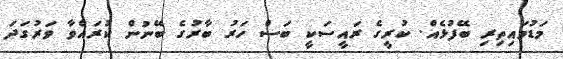
މަޑުމައިތިރި ބޭފުޅެއް. ކުރީގެ ރައީސަކީ ބަސް ހަރު ބާރުގެ ބޭނުން ކުރައްވާ ވަރުގަދަ